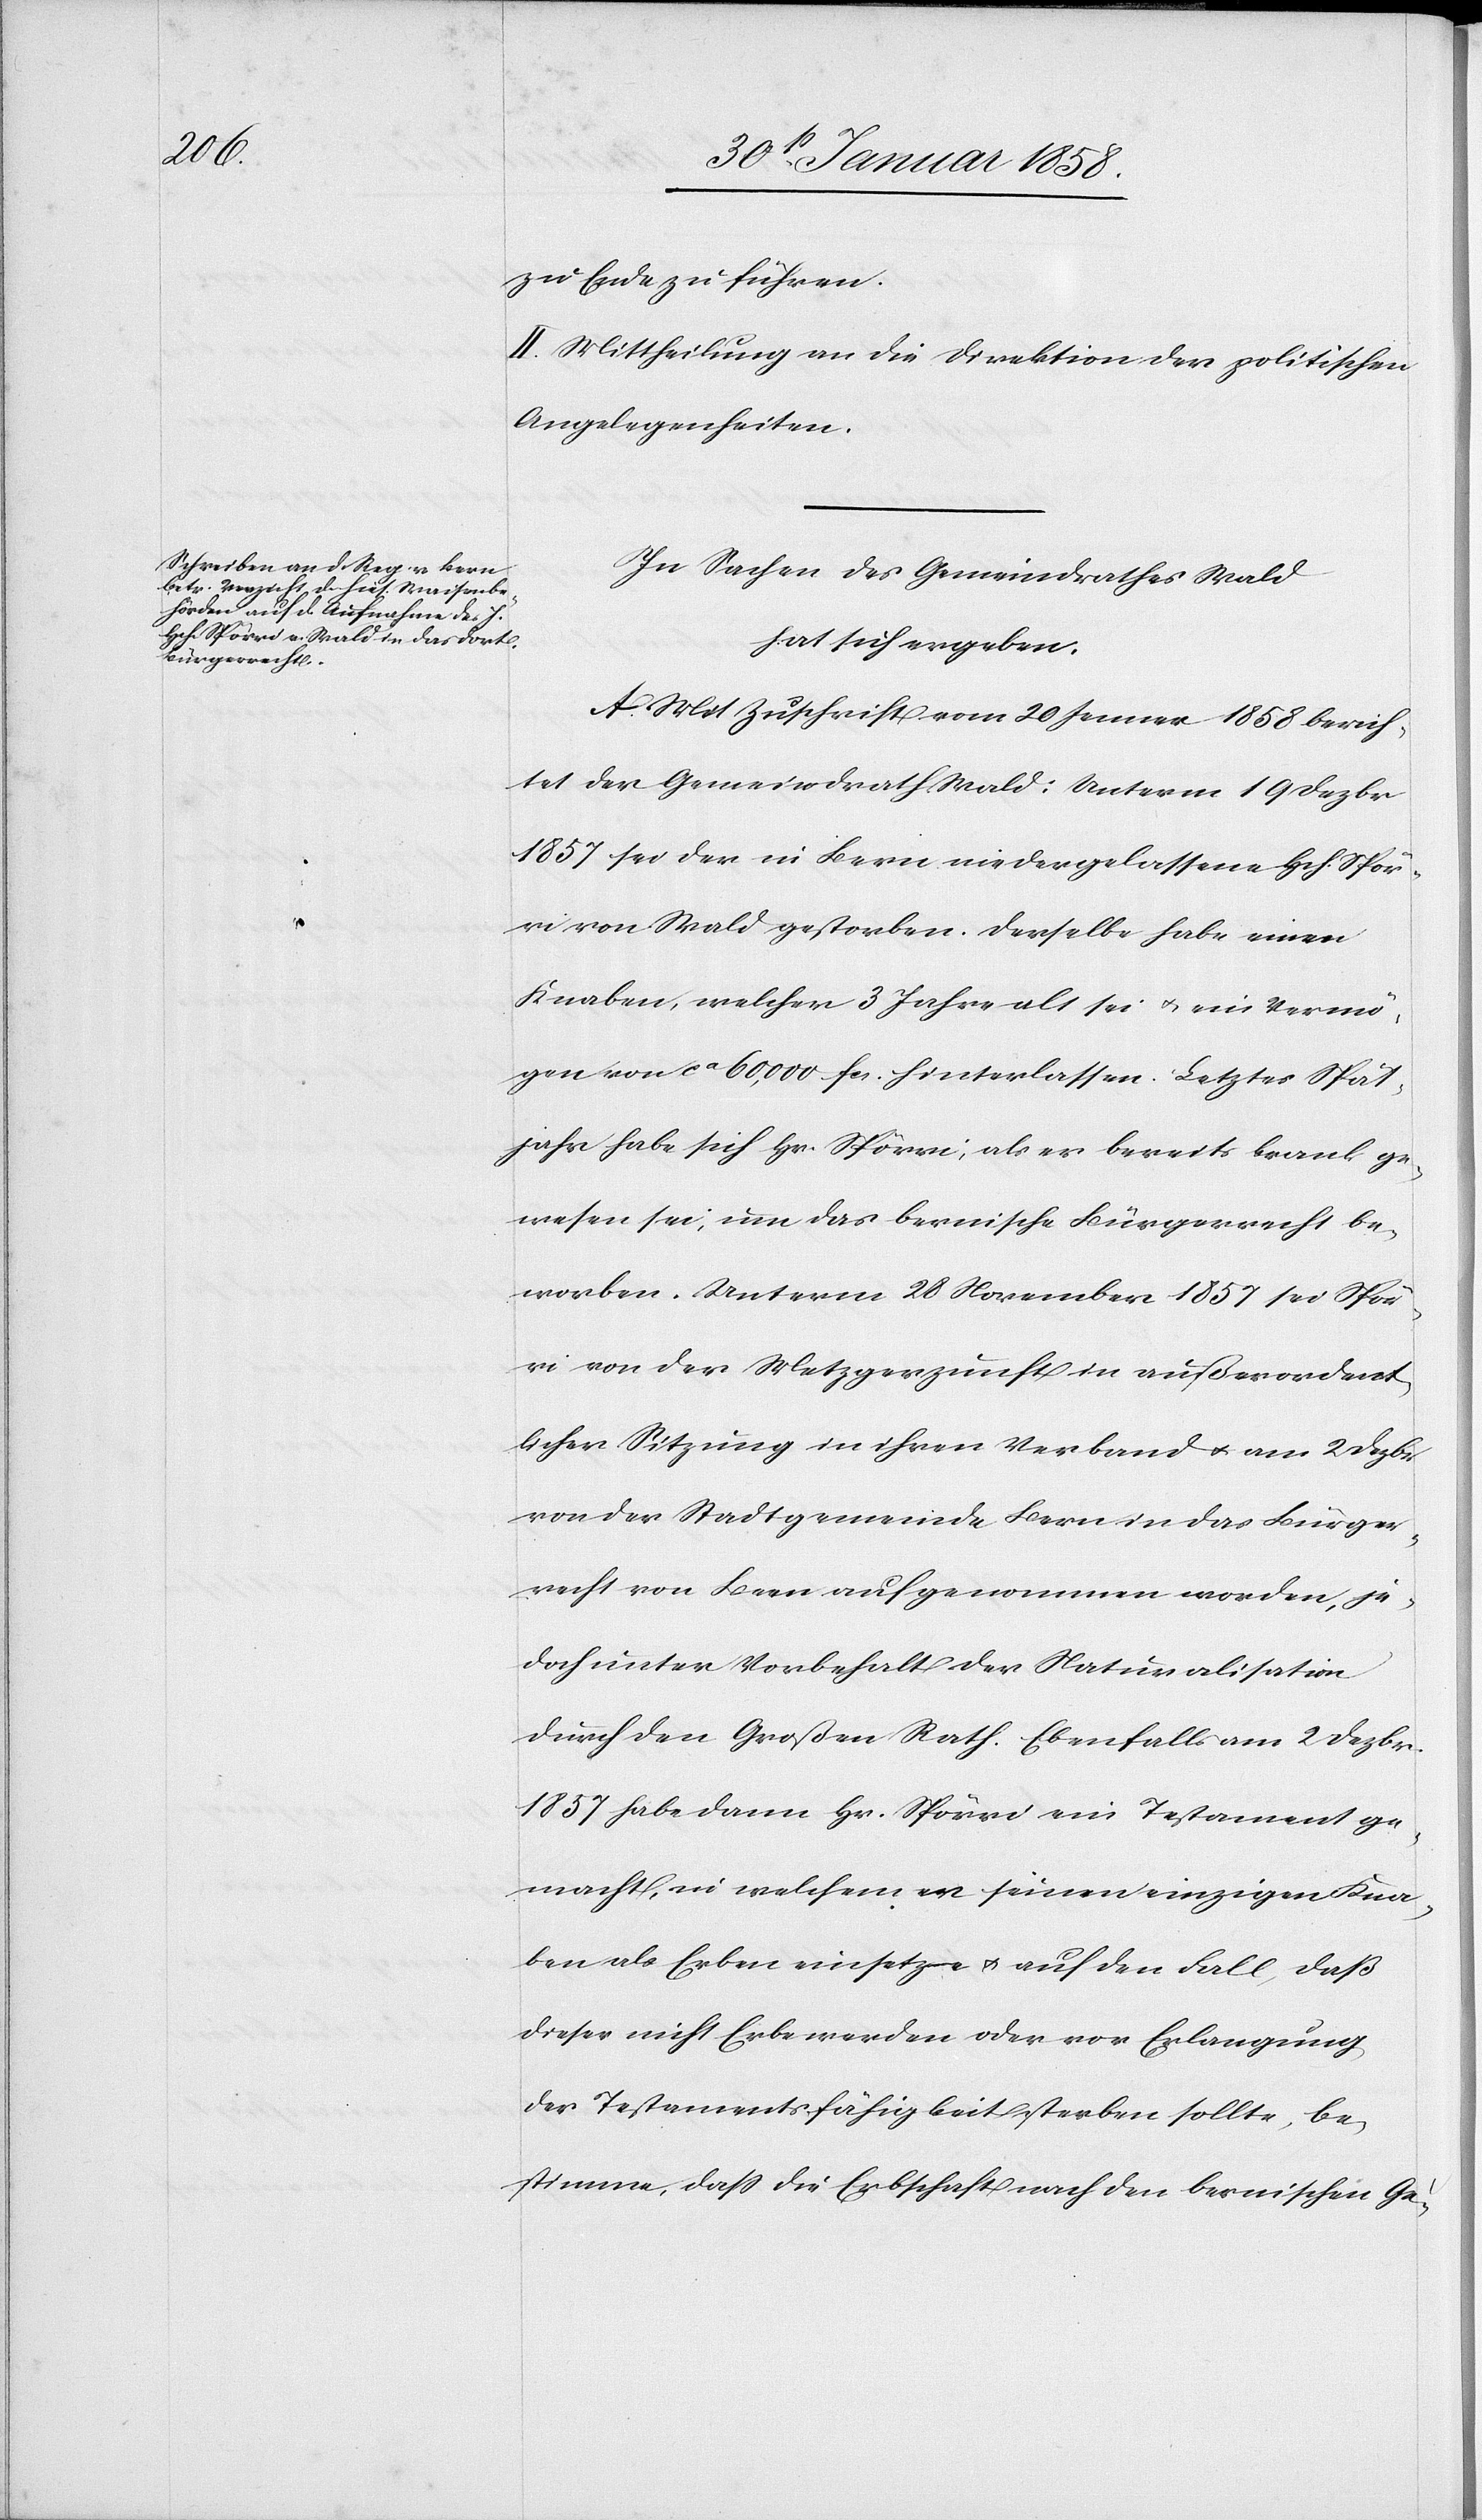
zu Ende zu führen.
II. Mittheilung an die Direktion der politischen
Angelegenheiten.
In Sachen des Gemeindrathes Wald
hat sich ergeben:
A. Mit Zuschrift vom 20 Jenner 1858 berich¬
tet der Gemeindrath Wald: Unterm 19 Dezbr.
1857 sei der in Bern niedergelassene Hch. Spör¬
ri von Wald gestorben. Derselbe habe einen
Knaben, welcher 3 Jahre alt sei u. ein Vermö¬
gen von ca 60,000 fcs. hinterlassen. Letztes Spät¬
jahr habe sich Hr. Spörri, als er bereits krank ge¬
wesen sei, um das bernische Bürgerrecht be¬
worben. Unterm 28 November 1857 sei Spör¬
ri von der Metzgerzunft in außerordent¬
licher Sitzung in ihren Verband u. am 2 Dezbr.
von der Stadtgemeinde Bern in das Bürger¬
recht von Bern aufgenommen worden, je¬
doch unter Vorbehalt der Naturalisation
durch den Großen Rath. Ebenfalls am 2 Dezbr.
1857 habe dann Hr. Spörri ein Testament ge¬
macht, in welchem er seinen einzigen Kna¬
ben als Erben einsetze u. auf den Fall, daß
dieser nicht Erbe werden oder vor Erlangung
der Testamentsfähigkeit sterben sollte, be¬
stimme, daß die Erbschaft nach den bernischen Ge-